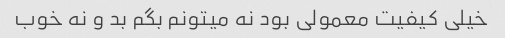
خیلی کیفیت معمولی بود نه میتونم بگم بد و نه خوب